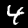
Label: 4